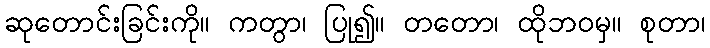
ဆုတောင်းခြင်းကို။ ကတွာ၊ ပြု၍။ တတော၊ ထိုဘဝမှ။ စုတာ၊